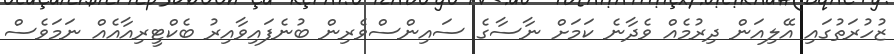
ޒުހުރަތުގައި އޭލިއަން ދިރުމެއް ވެދާނެ ކަމަށް ނާސާގެ ސައިންސްވެރިން ބުނެފައިވާއިރު ބެކްޓީރިއާއެއް ނަމަވެސް